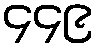
၄၄၉